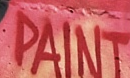
PAINT